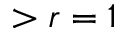
> r = 1